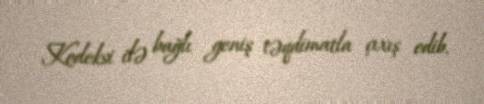
Kodeksi ilə bağlı geniş təqdimatla çıxış edib.